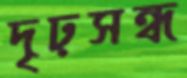
দৃঢ়সন্ধ